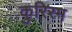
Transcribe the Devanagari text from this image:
कुरिरम